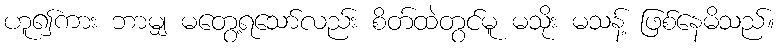
ဟူ၍ကား ဘာမျှ မတွေ့ရသော်လည်း စိတ်ထဲတွင်မူ မသိုး မသန့် ဖြစ်နေမိသည်။